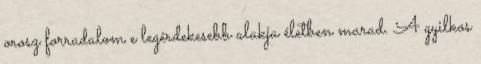
orosz forradalom e legérdekesebb alakja életben marad. A gyilkos